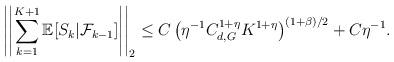
LaTeX: \begin{align*} \left|\left|\sum_{k=1}^{K+1}\mathbb{E}[S_k|\mathcal{F}_{k-1}]\right|\right|_2\leq C\left(\eta^{-1}C_{d,G}^{1+\eta}K^{1+\eta}\right)^{(1+\beta)/2}+C\eta^{-1}.\end{align*}